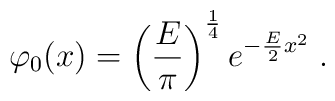
\varphi_0(x) = \left(\frac{E}{\pi}\right)^{\frac{1}{4}}e^{-\frac{E}{2}x^2}\;.